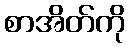
စာအိတ်ကို